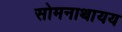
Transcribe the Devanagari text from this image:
सोमनाथायय